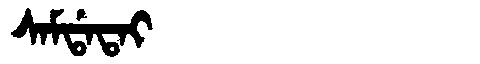
Manchu: ᠰᠠᠮᡩᠠᡨᠠᡳ
Romanization: SAMDATAI